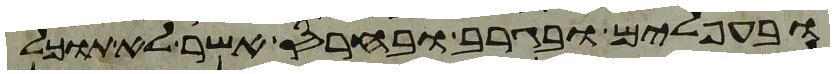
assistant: ובעפלים ובגרב ובחרס אשר לא תוכל